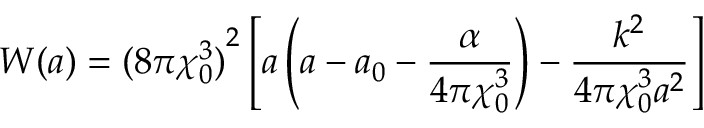
W ( a ) = { ( 8 \pi \chi _ { 0 } ^ { 3 } ) } ^ { 2 } \left[ a \left( a - a _ { 0 } - \frac { \alpha } { 4 \pi \chi _ { 0 } ^ { 3 } } \right) - \frac { k ^ { 2 } } { 4 \pi \chi _ { 0 } ^ { 3 } a ^ { 2 } } \right]